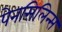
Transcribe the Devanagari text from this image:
पेनसिलिन्स